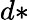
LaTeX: d*